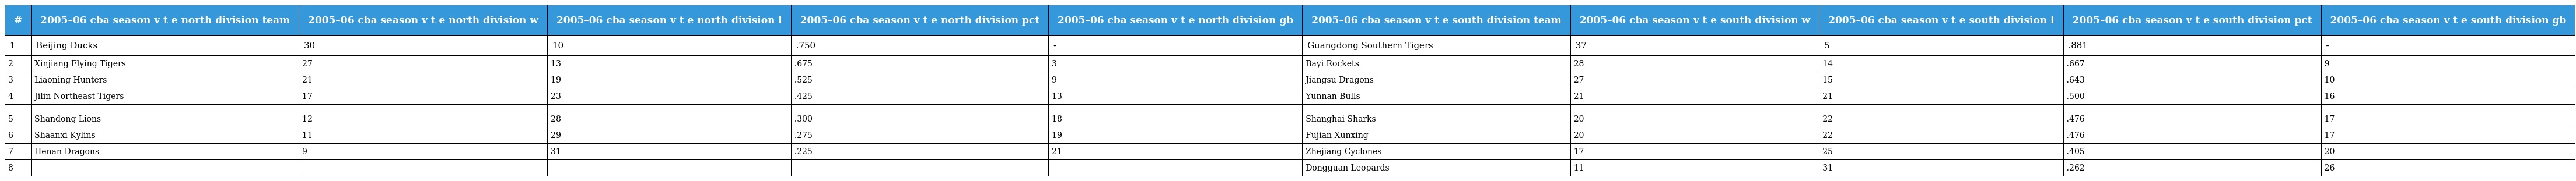
| # | 2005–06 cba season v t e north division team | 2005–06 cba season v t e north division w | 2005–06 cba season v t e north division l | 2005–06 cba season v t e north division pct | 2005–06 cba season v t e north division gb | 2005–06 cba season v t e south division team | 2005–06 cba season v t e south division w | 2005–06 cba season v t e south division l | 2005–06 cba season v t e south division pct | 2005–06 cba season v t e south division gb |
 | --- | --- | --- | --- | --- | --- | --- | --- | --- | --- | --- |
 | 1 | Beijing Ducks | 30 | 10 | .750 | - | Guangdong Southern Tigers | 37 | 5 | .881 | - |
 | 2 | Xinjiang Flying Tigers | 27 | 13 | .675 | 3 | Bayi Rockets | 28 | 14 | .667 | 9 |
 | 3 | Liaoning Hunters | 21 | 19 | .525 | 9 | Jiangsu Dragons | 27 | 15 | .643 | 10 |
 | 4 | Jilin Northeast Tigers | 17 | 23 | .425 | 13 | Yunnan Bulls | 21 | 21 | .500 | 16 |
 |  |  |  |  |  |  |  |  |  |  |  |
 | 5 | Shandong Lions | 12 | 28 | .300 | 18 | Shanghai Sharks | 20 | 22 | .476 | 17 |
 | 6 | Shaanxi Kylins | 11 | 29 | .275 | 19 | Fujian Xunxing | 20 | 22 | .476 | 17 |
 | 7 | Henan Dragons | 9 | 31 | .225 | 21 | Zhejiang Cyclones | 17 | 25 | .405 | 20 |
 | 8 |  |  |  |  |  | Dongguan Leopards | 11 | 31 | .262 | 26 |